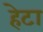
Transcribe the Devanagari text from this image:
हेटा